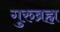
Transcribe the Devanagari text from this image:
गुरुब्रह्म